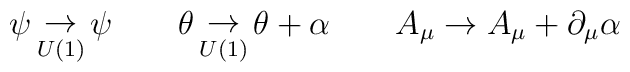
\psi\mathop\to_{U(1)} \psi\qquad  \theta\mathop\to_{U(1)}\theta + \alpha\qquad A_\mu \to A_\mu + \partial_\mu\alpha